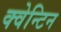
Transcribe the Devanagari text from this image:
क्वेन्टिन